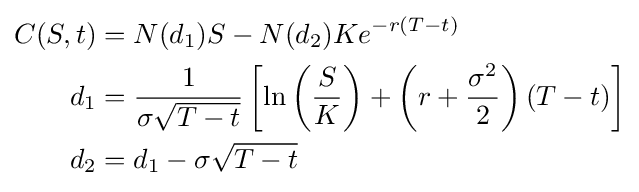
{\begin{aligned}C(S,t)&=N(d_{1})S-N(d_{2})Ke^{-r(T-t)}\\d_{1}&={\frac {1}{\sigma {\sqrt {T-t}}}}\left[\ln \left({\frac {S}{K}}\right)+\left(r+{\frac {\sigma ^{2}}{2}}\right)(T-t)\right]\\d_{2}&=d_{1}-\sigma {\sqrt {T-t}}\\\end{aligned}}